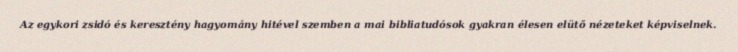
Az egykori zsidó és keresztény hagyomány hitével szemben a mai bibliatudósok gyakran élesen elütő nézeteket képviselnek.